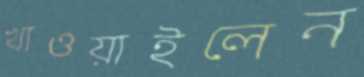
খাওয়াইলেন